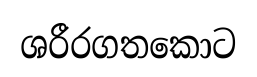
ශරීරගතකොට